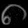
Digit: ၈